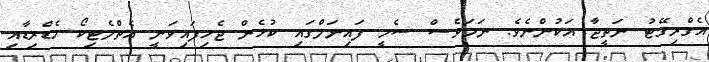
އެގްރިގޭޓު ނަތީޖާ އަކުންނެވެ. ނަމަވެސް ސެމީ ފައިނަލްގައި ކުޅެން ޖެހިފައިވަނީ އެތްލެޓިކޯ މެޑްރިޑާއި